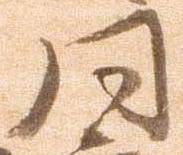
同